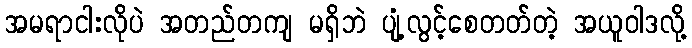
အမရာငါးလိုပဲ အတည်တကျ မရှိဘဲ ပျံ့လွင့်စေတတ်တဲ့ အယူဝါဒလို့